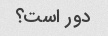
دور است؟